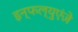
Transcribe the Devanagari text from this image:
इन्फल्युएंज़े